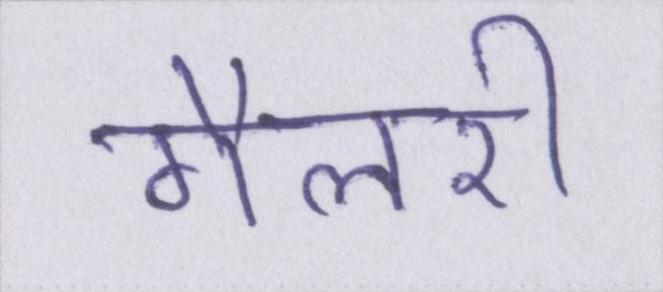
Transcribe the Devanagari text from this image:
गैलरी